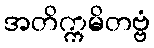
အတိက္ကမိတဗ္ဗံ